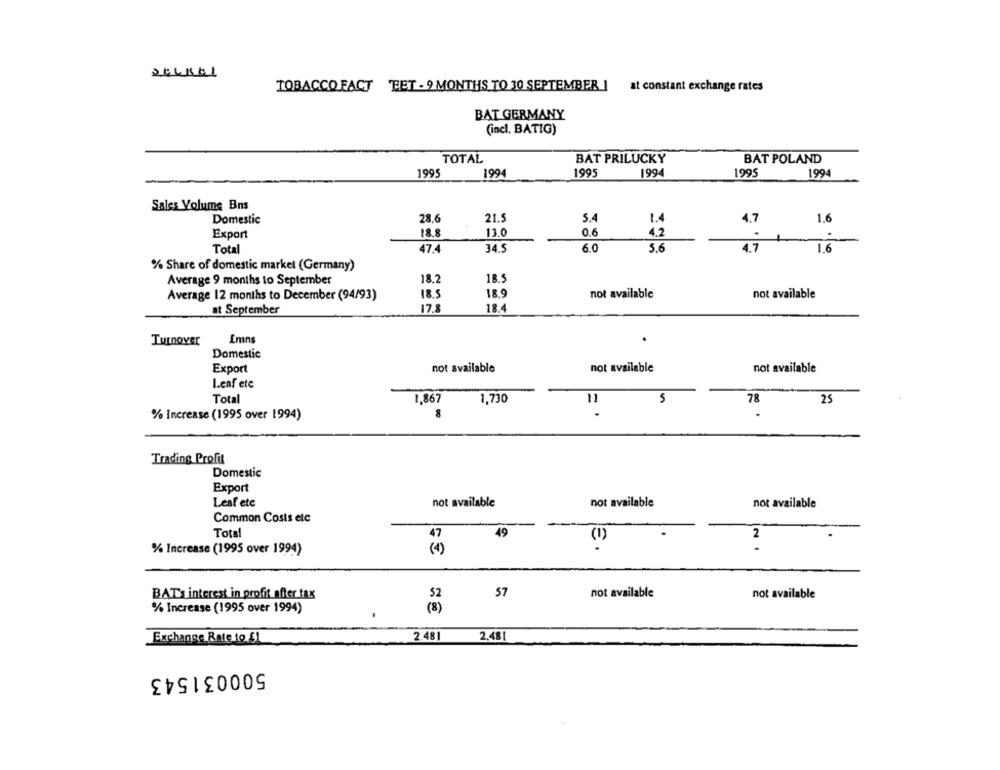
TOBACCO FACT TET - 9 MONTHS TO 30 SEPTEMBER |
at constant exchange rates
BAT GERMANY
(incl. BATIG)
TOTAL
BAT PRILUCKY
BAT POLAND
1995
1994
199
1994
1995
1994
Sales Volume Bns
Domestic
28.6
21.5
5.4
1.4
4.7
1.6
18.8
13.0
.
Export
0.6
4.2
1
Total
47.4
34.5
6.0
5.6
4.7
1.6
% Share of domestic market (Germany)
Average 9 months to September
18.2
18.5
Average 12 months to December (94/93)
18.5
18.9
not available
not available
17.8
18.4
at September
Emns
Turnover
Domestic
Export
not available
not available
not available
Leaf etc
Total
1.86
1,730
11
5
78
25
% Increase (1995 over 1994)
Trading Profit
Domestic
Export
Leaf etc
not available
not available
not available
Common Costs etc
Total
47
49
2
(1)
.
% Increase (1995 over 1994)
(1)
57
not available
not available
BAT's interest in profit after tax
52
% Increase (1995 over 1994)
(8)
2.481
2.481
Exchange Rate to $1
500031543